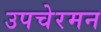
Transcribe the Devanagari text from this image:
उपचेरमन